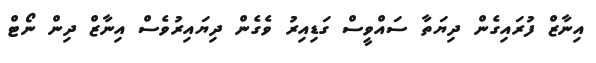
އިނާޒް ފުރައިގެން ދިޔަތާ ސައްވީސް ގަޑިއިރު ވެގެން ދިޔައިރުވެސް އިނާޒް ދިން ނޯޓް